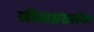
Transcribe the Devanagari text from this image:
सीमाप्रदर्शक